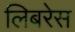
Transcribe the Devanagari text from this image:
लिबरेस